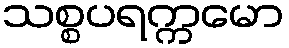
သစ္စပရက္ကမော